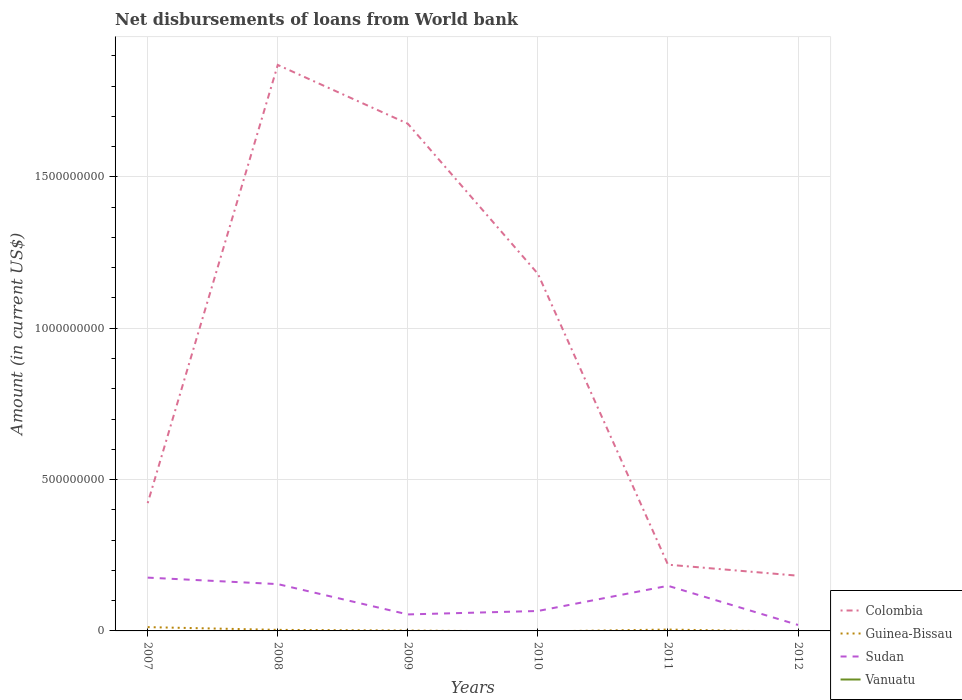
| Years | Colombia | Guinea-Bissau | Sudan | Vanuatu |
 | --- | --- | --- | --- | --- |
 | 2007 | 4.22e+08 | 1.25e+07 | 1.76e+08 | -1.74e+06 |
 | 2008 | 1.87e+09 | 3.49e+06 | 1.55e+08 | -2.09e+06 |
 | 2009 | 1.68e+09 | 1.27e+06 | 5.45e+07 | -3.21e+06 |
 | 2010 | 1.18e+09 | -1.8e+06 | 6.59e+07 | -3.26e+06 |
 | 2011 | 2.19e+08 | 4.56e+06 | 1.49e+08 | -3e+06 |
 | 2012 | 1.82e+08 | -2.53e+06 | 1.97e+07 | -2.81e+06 |